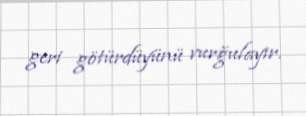
geri götürdüyünü vurğulayır.